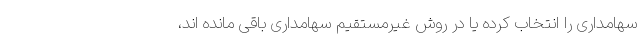
سهامداری را انتخاب کرده یا در روش غیرمستقیم سهامداری باقی مانده اند،